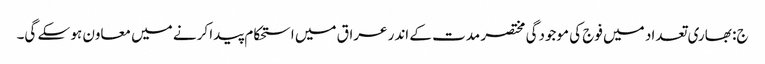
ج: بھاری تعداد میں فوج کی موجودگی مختصر مدت کے اندر عراق میں استحکام پیدا کرنے میں معاون ہو سکے گی۔